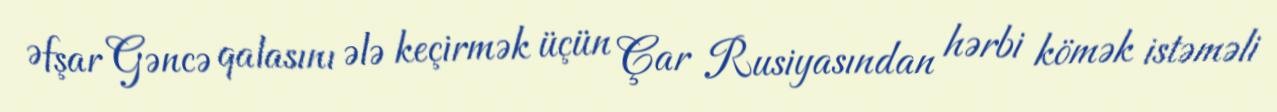
Əfşar Gəncə qalasını ələ keçirmək üçün Çar Rusiyasından hərbi kömək istəməli